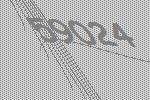
59024